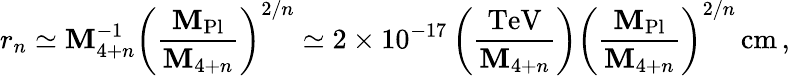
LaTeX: r_{n}\simeq\mathbf{M}_{4+n}^{-1}\left(\frac{{\mathbf{M}_{\mathrm{{Pl}}}}}{{\mathbf{M}_{4+n}}}\right)^{2/n}\simeq2\times10^{-17}\left(\frac{{\mathrm{{TeV}}}}{{\mathbf{M}_{4+n}}}\right)\left(\frac{{\mathbf{M}_{\mathrm{{Pl}}}}}{{\mathbf{M}_{4+n}}}\right)^{2/n}\, \mathrm{{cm}}\, ,